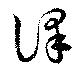
訳